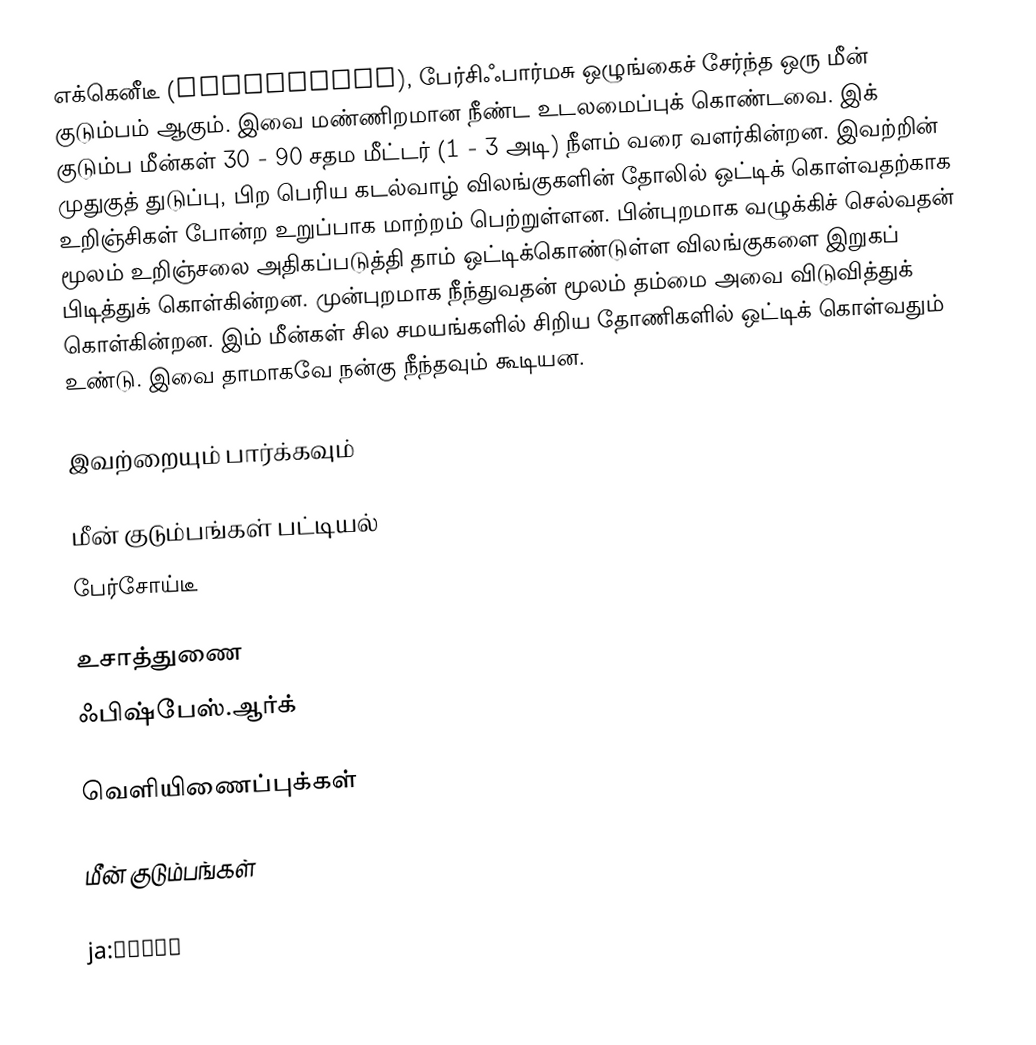
எக்கெனீடீ (Echeneidae), பேர்சிஃபார்மசு ஒழுங்கைச் சேர்ந்த ஒரு மீன் குடும்பம் ஆகும். இவை மண்ணிறமான நீண்ட உடலமைப்புக் கொண்டவை. இக் குடும்ப மீன்கள் 30 - 90 சதம மீட்டர் (1 - 3 அடி) நீளம் வரை வளர்கின்றன. இவற்றின் முதுகுத் துடுப்பு, பிற பெரிய கடல்வாழ் விலங்குகளின் தோலில் ஒட்டிக் கொள்வதற்காக உறிஞ்சிகள் போன்ற உறுப்பாக மாற்றம் பெற்றுள்ளன. பின்புறமாக வழுக்கிச் செல்வதன் மூலம் உறிஞ்சலை அதிகப்படுத்தி தாம் ஒட்டிக்கொண்டுள்ள விலங்குகளை இறுகப் பிடித்துக் கொள்கின்றன. முன்புறமாக நீந்துவதன் மூலம் தம்மை அவை விடுவித்துக் கொள்கின்றன. இம் மீன்கள் சில சமயங்களில் சிறிய தோணிகளில் ஒட்டிக் கொள்வதும் உண்டு. இவை தாமாகவே நன்கு நீந்தவும் கூடியன.

இவற்றையும் பார்க்கவும்

 மீன் குடும்பங்கள் பட்டியல்
 பேர்சோய்டீ

உசாத்துணை
 ஃபிஷ்பேஸ்.ஆர்க்

வெளியிணைப்புக்கள்

மீன் குடும்பங்கள்

ja:コバンザメ